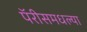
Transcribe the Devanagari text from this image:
पॅरीसमधल्या